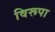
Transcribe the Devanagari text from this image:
विरूपा